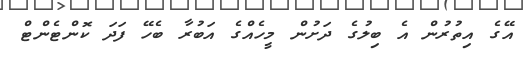
އޭގެ އިތުރުން އެ ބިލުގެ ދަށުން މީހެއްގެ އަބުރާ ބެހޭ ފަދަ ކޮންޓެންޓް